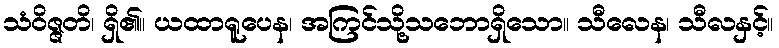
သံဝိဇ္ဇတိ၊ ရှိ၏။ ယထာရူပေန၊ အကြင်သို့သဘောရှိသော။ သီလေန၊ သီလနှင့်။